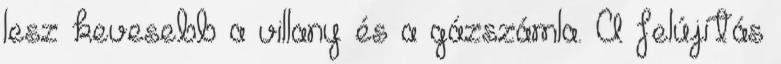
lesz kevesebb a villany és a gázszámla. A felújítás